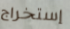
إستخراج